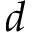
d